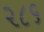
૨૮૬